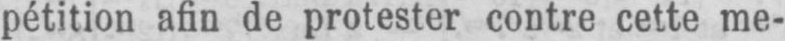
pétition afin de protester contre cette me-